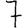
Digit: 7